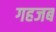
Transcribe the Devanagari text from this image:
गहजब